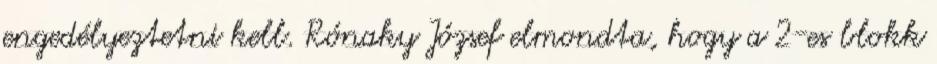
engedélyeztetni kell. Rónaky József elmondta, hogy a 2-es blokk